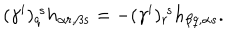
LaTeX: ( \gamma ^ { i } ) _ { q } ^ { ~ s } h _ { \alpha r , \beta s } = - ( \gamma ^ { i } ) _ { r } ^ { ~ s } h _ { \beta q , \alpha s } .